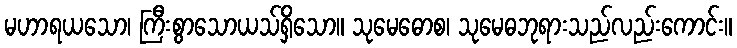
မဟာရယသော၊ ကြီးစွာသောယသ်ရှိသော။ သုမေဓောစ၊ သုမေဓဘုရားသည်လည်းကောင်း။